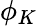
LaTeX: \phi_{K}